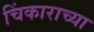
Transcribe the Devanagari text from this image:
चिंकाराच्या